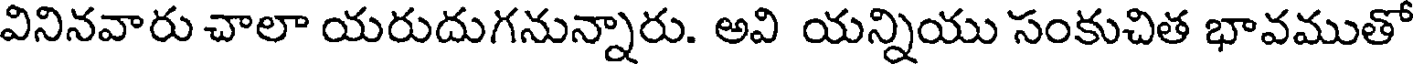
వినినవారు చాలా యరుదుగనున్నారు. అవి యన్నియు సంకుచిత భావముతో